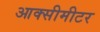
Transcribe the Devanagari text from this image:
आक्सीमीटर